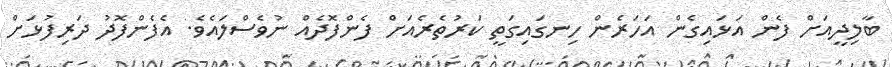
ބާލިދީއަށް ފެން އަޅައިގެން އަހަރެން ހިނގައިގަތީ ކަރުތެރެއަށް ފެންފޮދެއް ނުވެސްލައެވެ. އެފެންފޮދު ދަރިފުޅަށް